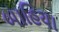
બાહિયા